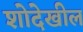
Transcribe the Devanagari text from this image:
शोदेखील